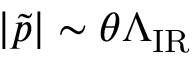
| \tilde { p } | \sim \theta \Lambda _ { \mathrm { I R } }